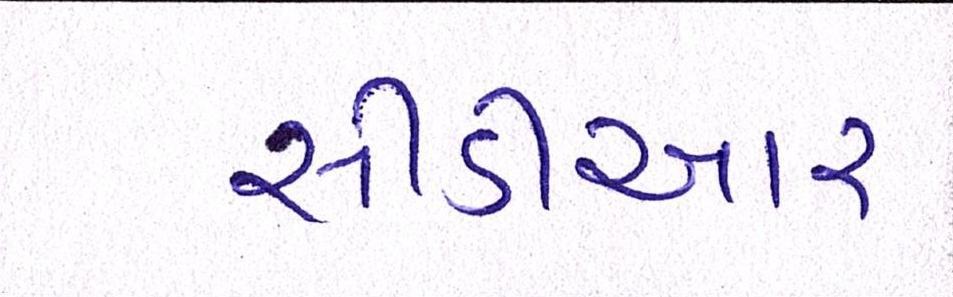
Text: સીડીઆર